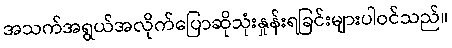
အသက်အရွယ်အလိုက်ပြောဆိုသုံးနှုန်းရခြင်းများပါဝင်သည်။